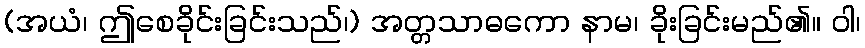
(အယံ၊ ဤစေခိုင်းခြင်းသည်၊) အတ္တသာဓကော နာမ၊ ခိုးခြင်းမည်၏။ ဝါ၊